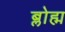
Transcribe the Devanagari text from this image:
ब्लोह्म